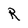
Character: R